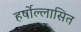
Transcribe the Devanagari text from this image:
हर्षोल्लासित